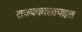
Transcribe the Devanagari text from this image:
राज्यकालाबद्दल